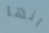
انها